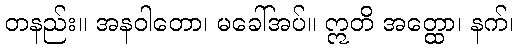
တနည်း။ အနဝါတော၊ မခေါ်အပ်။ ဣတိ အတ္ထော၊ နက်၊